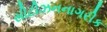
સીટીઝનનાગરીક